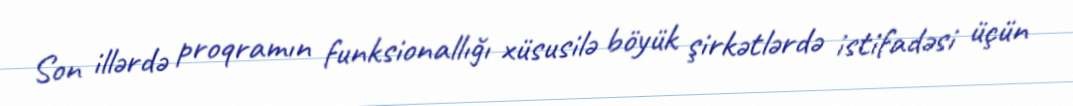
Son illərdə proqramın funksionallığı xüsusilə böyük şirkətlərdə istifadəsi üçün